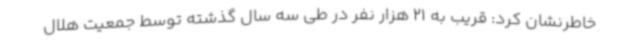
خاطرنشان کرد: قریب به 21 هزار نفر در طی سه سال گذشته توسط جمعیت هلال